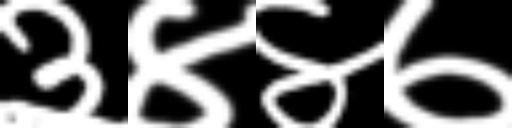
Text: ३४४७